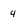
Character: 4